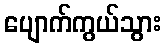
ပျောက်ကွယ်သွား